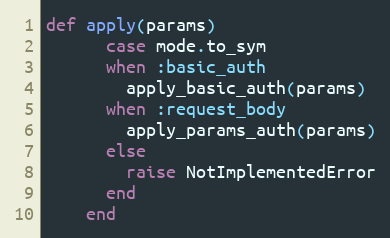
Language: Ruby
def apply(params)
      case mode.to_sym
      when :basic_auth
        apply_basic_auth(params)
      when :request_body
        apply_params_auth(params)
      else
        raise NotImplementedError
      end
    end